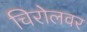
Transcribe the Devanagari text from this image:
चिरोलवर